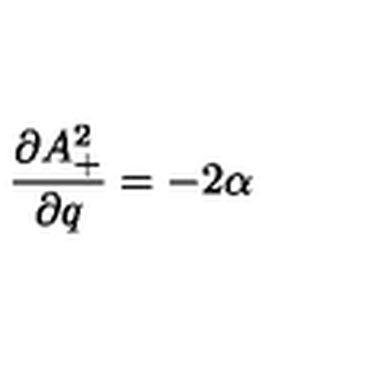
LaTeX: \frac { \partial A _ { + } ^ { 2 } } { \partial q } = - 2 \alpha